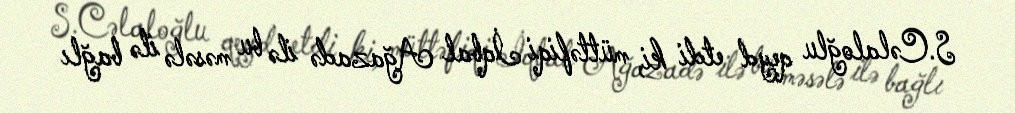
S.Cəlaloğlu qeyd etdi ki, müttəfiqi İqbal Ağazadə ilə bu məsələ ilə bağlı